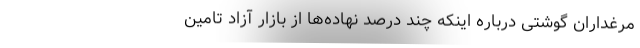
مرغداران گوشتی درباره اینکه چند درصد نهاده‌ها از بازار آزاد تامین